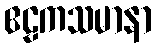
ဧဠကသမာနာ